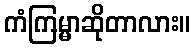
ကံကြမ္မာဆိုတာလား။